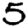
Digit: 5